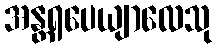
အန္တရပေယျာလေသု